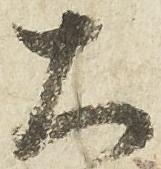
大